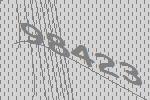
98423